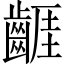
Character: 𪘬